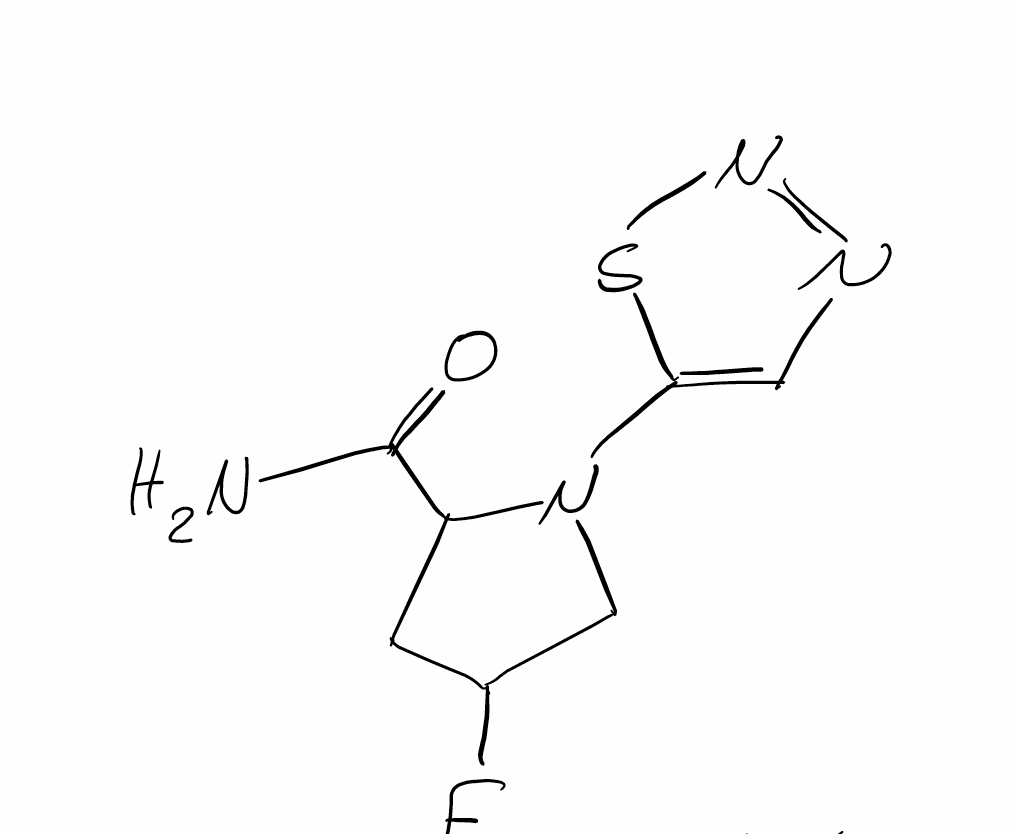
Simplified molecular-input line-entry system (SMILES) notation of the given molecule:
C1C(CN(C1C(=O)N)C2=CN=NS2)F